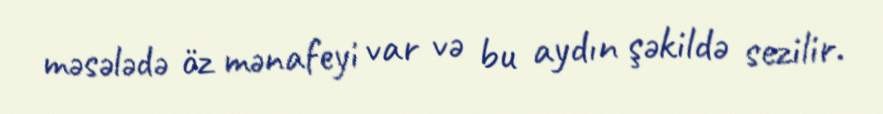
məsələdə öz mənafeyi var və bu aydın şəkildə sezilir.